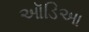
ઑડિઆ